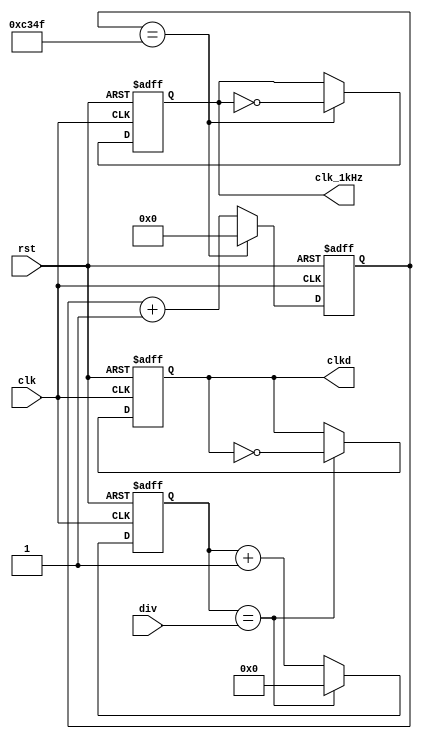
module DivFrec(clk,rst,div,clkd,clk_1kHz);
input wire clk,rst;
input wire [10:0]div;
output wire clkd;
output wire clk_1kHz;

reg [10:0]q = 0;
reg cd = 0;
reg [15:0]q_1kHz = 0;
reg cd_1kHz = 0;

// Para generar el clock dividido variable a partir de la cuenta
always@(posedge clk, posedge rst)
	if (rst)
		begin
		q <= 0;
		cd <=0;
		end
	else 
		if (q==div)
			begin
			q <= 0;
			cd <= ~cd;
			end
		else
			q <= q + 11'b1;
		
assign clkd = cd;

// Para generar el clock dividido fijo de 1 kHz

always@(posedge clk, posedge rst)
	if (rst)
		begin
		q_1kHz <= 0;
		cd_1kHz <=0;
		end
	else 
		if (q_1kHz==16'd49999)
			begin
			q_1kHz <= 0;
			cd_1kHz <= ~cd_1kHz;
			end
		else
			q_1kHz <= q_1kHz + 16'b1;
		
assign clk_1kHz = cd_1kHz;


endmodule